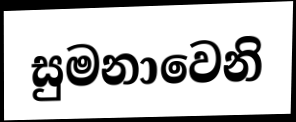
සුමනාවෙනි